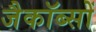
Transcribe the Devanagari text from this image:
जैकॉब्सों